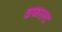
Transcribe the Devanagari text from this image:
व्रफाल्ट